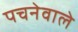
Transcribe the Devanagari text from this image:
पचनेवाले